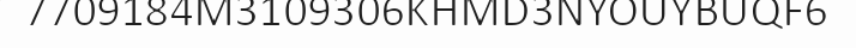
7709184M3109306KHMD3NYOUYBUQF6